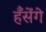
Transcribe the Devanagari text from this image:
हँसेंगे